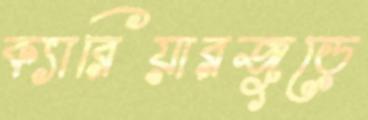
ক্যারিয়ারজুড়ে